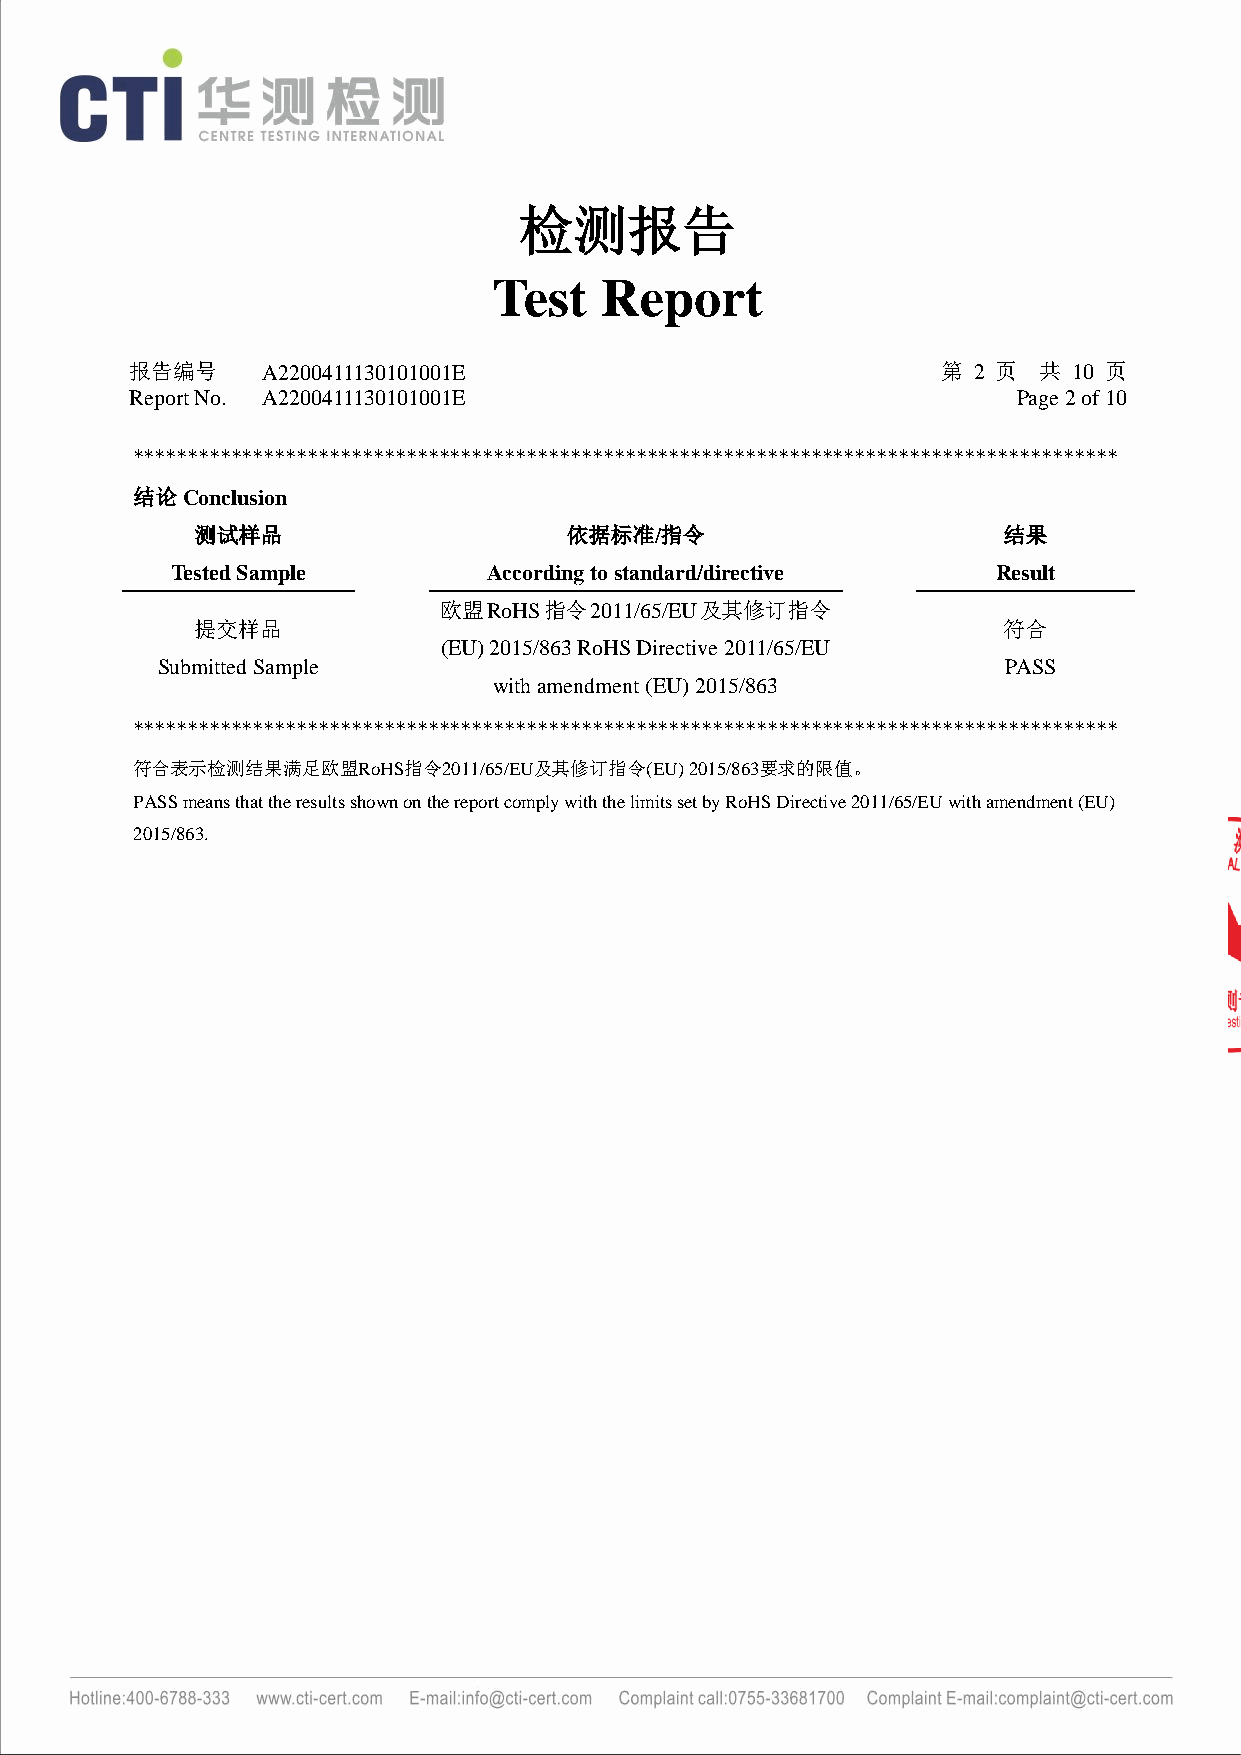
检测报告
 Test   Report
 报告编号    A2200411130101001E                           第 2 页  共 10 页
 Report No. A2200411130101001E                             Page 2 of 10
 ******************************************************************************************
 结论Conclusion
 测试样品                    依据标准/指令                      结果
 Tested Sample        According to standard/directive   Result
 欧盟RoHS指令2011/65/EU及其修订指令
 提交样品                                                 符合
 (EU) 2015/863 RoHS Directive 2011/65/EU
 Submitted Sample                                         PASS
 with amendment (EU) 2015/863
 ******************************************************************************************
 符合表示检测结果满足欧盟RoHS指令2011/65/EU及其修订指令(EU) 2015/863要求的限值。
 PASS means that the results shown on the report comply with the limits set by RoHS Directive 2011/65/EU with amendment (EU)
 2015/863.